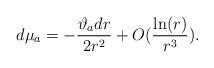
LaTeX: \begin{align*}d\mu_a = -\frac{\vartheta_adr}{2r^2}+O(\frac{\ln(r)}{r^3}).\end{align*}